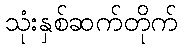
သုံးနှစ်ဆက်တိုက်